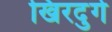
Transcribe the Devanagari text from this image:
खिरदुर्ग